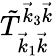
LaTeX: \tilde{T}_{\vec{k}_{1}\vec{k}}^{\vec{k}_{3}\vec{k}}